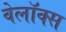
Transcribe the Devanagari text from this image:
वेलॉक्स